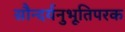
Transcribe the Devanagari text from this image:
सौन्दर्यनुभूतिपरक